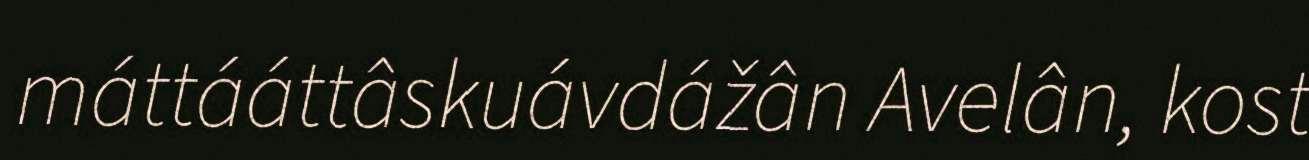
máttááttâskuávdážân Avelân, kost